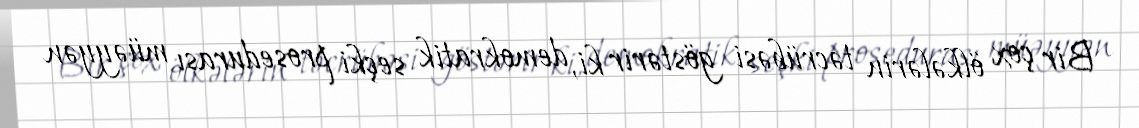
Bir çox ölkələrin təcrübəsi göstərir ki, demokratik seçki prosedurası müəyyən